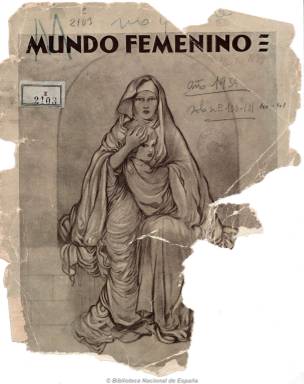
Título: Mundo femenino (Madrid. 1921)
Colección: Revistas femeninas
Ámbito geográfico: Madrid
Lugar de publicación: Madrid
Fechas: 01/07/1934-01/03/1936

Revista feminista, órgano de la Asociación Nacional de Mujeres Españolas, primera organización femenina y la más representativa por su duración, de carácter centrista-progresista como defensora de los derechos de la mujer y del niño, en la que se aglutinan mujeres de clase media urbana, muchas de ellas maestras, escritoras o periodistas y todas sufragistas, a la que pertenecían María de Maeztu (1882-1948), Clara Campoamor (1808-1972) o Victoria Kent (1892-1987).

Hasta octubre de 1932 la publicación será dirigida por Benita Asas Manterola (1873-1968), y a partir de entonces por Julia Peguero (1880-), que inspira un giro conservador a la publicación, distanciándose de los gobiernos republicanos, especialmente a partir de 1934. Si n su primera época, que aparecía con periodicidad mensual, llegó a agradecer al general Primo de Rivera por haber concedido el voto a las municipales a las mujeres cabeza de familia, durante la etapa republicana, ya con periodicidad bimestral, incluirá la sección “Reales femeninos”, con informaciones sobre belleza, moda, hogar y cocina, más propias de los magazines. También publica una sección de “Cultura”, así como entrevistas, biografías, e informaciones de literatura, viajes, sanidad, educación, noticias del movimiento feminista y manifiestos, campañas y artículos doctrinales sobre los derechos civiles de la mujer. Su eslogan era “Paz universal, derechos y deberes, justicia” y aunque se declare apolítica será también la propulsora del Partido Feminista Independiente.

Serán redactoras de la revista Alma Angélico, que era vicepresidenta de la asociación; Nieves Pi, Lola Plaza, Luisa de Gorostidi, María Hurdisán, Consuelo Echevarría, María Mateu, Paz Ardí y Doña Equis. También colaborarán Manuel Bueno, Cristóbal Castro, Régulo Martínez Sánchez, José Félix Tapia, Tomás Borras, Nicolasio Mariscal García, Antonio Cano y Luis Gómez de Mesa, éste último encargado de la información cinematográfica.